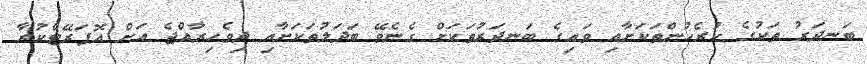
ބަނދަރު ތަކުގެ ކުރެހުންތަކަށާއި ވައިގެ ބަނދަރުތަކަށް ގެނެވޭ ބަދަލުތަކަށާއި ދިވެހިރާއްޖެ އަށް އޮޕަރޭޓްކުރާ